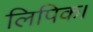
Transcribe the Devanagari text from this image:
लिपिक।